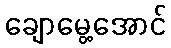
ချောမွေ့အောင်